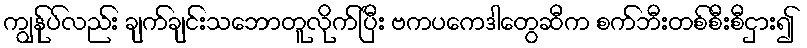
ကျွန်ုပ်လည်း ချက်ချင်းသဘောတူလိုက်ပြီး ဗကပကေဒါတွေဆီက စက်ဘီးတစ်စီးစီငှား၍